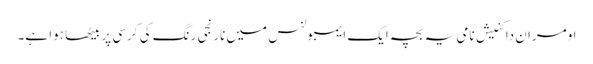
اومران داکنیش نامی یہ بچہ ایک ایمبولنس میں نارنجی رنگ کی کرسی پر بیٹھا ہوا ہے۔